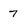
Character: 7